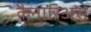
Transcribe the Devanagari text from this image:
कैनारिअस